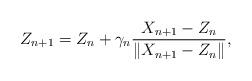
LaTeX: \begin{align*} Z_{n+1} = Z_{n} + \gamma_{n} \frac{X_{n+1} - Z_{n}}{\left\| X_{n+1} - Z_{n} \right\|},\end{align*}